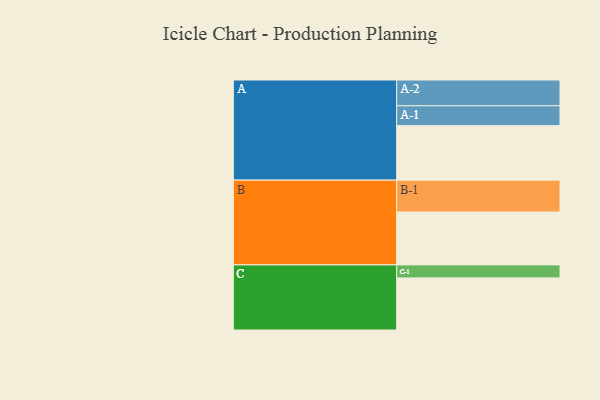
{"axis": {"x": "Segment", "y": "Value"}, "legend": ["", "A", "B", "C"], "data": [{"x": "A", "y": 482, "type": ""}, {"x": "B", "y": 468, "type": ""}, {"x": "C", "y": 461, "type": ""}, {"x": "A-1", "y": 176, "type": "A"}, {"x": "A-2", "y": 228, "type": "A"}, {"x": "B-1", "y": 282, "type": "B"}, {"x": "C-1", "y": 115, "type": "C"}]}